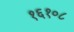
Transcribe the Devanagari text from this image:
१६१०८